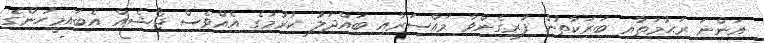
އަންނަ ރަޙުމަތާއި ބަރަކާތުން ފުރިގެންވާ މައްސަރާއި ބައްދަލު ކުރުމުގެ އެއްވެސް ޖޯޝެއް އެބައިމީހުންގެ